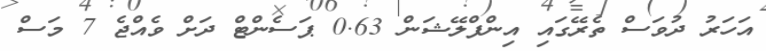
އަހަރު ދުވަސް ތެރޭގައި އިންފްލޭޝަން 0.63 ޕަސެންޓް ދަށް ވެއްޖެ 7 މަސް